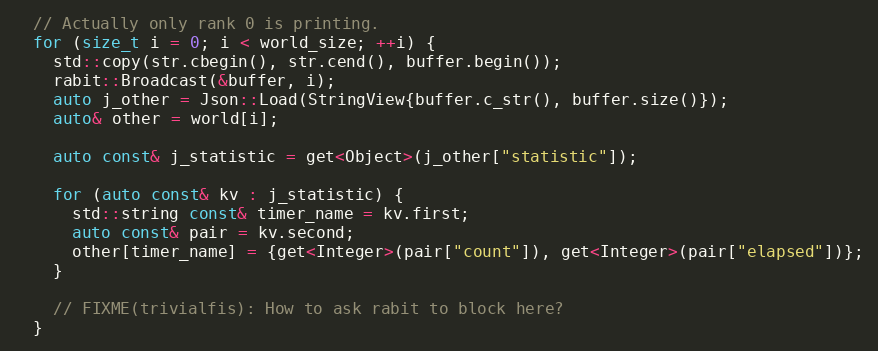
Language: C++
  // Actually only rank 0 is printing.
  for (size_t i = 0; i < world_size; ++i) {
    std::copy(str.cbegin(), str.cend(), buffer.begin());
    rabit::Broadcast(&buffer, i);
    auto j_other = Json::Load(StringView{buffer.c_str(), buffer.size()});
    auto& other = world[i];

    auto const& j_statistic = get<Object>(j_other["statistic"]);

    for (auto const& kv : j_statistic) {
      std::string const& timer_name = kv.first;
      auto const& pair = kv.second;
      other[timer_name] = {get<Integer>(pair["count"]), get<Integer>(pair["elapsed"])};
    }

    // FIXME(trivialfis): How to ask rabit to block here?
  }